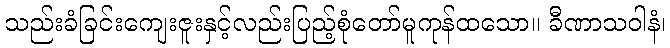
သည်းခံခြင်းကျေးဇူးနှင့်လည်းပြည့်စုံတော်မူကုန်ထသော။ ခီဏာသဝါနံ၊